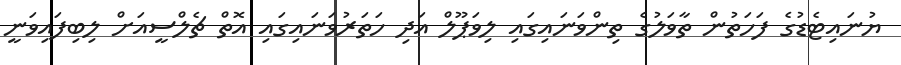
ޔުނައިޓެޑުގެ ފަހަތުން ތާވަލުގެ ތިންވަނައިގައި ލިވަޕޫލް އަދި ހަތަރުވަނައިގައި އޮތް ޗެލްސީއަށް ލިބިފައިވަނީ